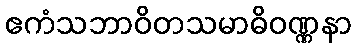
ဧကံသဘာဝိတသမာဓိဝဏ္ဏနာ